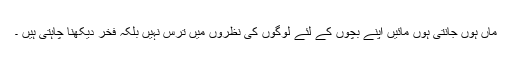
ماں ہوں جانتی ہوں مائیں اپنے بچوں کے لئے لوگوں کی نظروں میں ترس نہیں بلکہ فخر دیکھنا چاہتی ہیں ۔